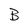
Character: B